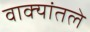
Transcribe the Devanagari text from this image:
वाक्यांतले